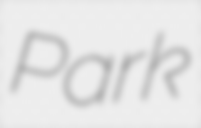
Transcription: Park